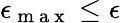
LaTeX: \epsilon_{\mathrm{~m~a~x~}}\leq\epsilon